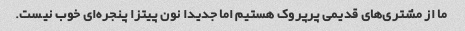
ما از مشتری‌های قدیمی پرپروک هستیم اما جدیدا نون پیتزا پنجره‌ای خوب نیست.